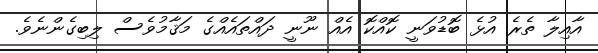
އާއިލާ ތެރެ އުޅެ ބޮޑުވަނީ ކޮއްކޮ އެއް ނޫނީ ދައްތައެއްގެ މަޤާމުވެސް ލިބިގެންނެވެ.